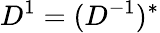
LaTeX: D^{1}=(D^{-1})^{*}